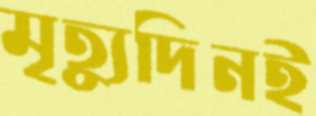
মৃত্যুদিনই